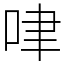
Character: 㖀